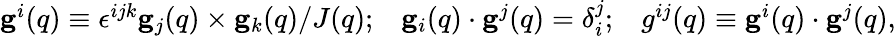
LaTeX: \begin{array}{r}{{\mathbf g}^{i}({q})\equiv\epsilon^{ijk}{\mathbf g}_{j}({q})\times{\mathbf g}_{k}({q})/J({q});\; \; \; {\mathbf g}_{i}({q})\cdot{\mathbf g}^{j}({q})=\delta_{i}^{j};\; \; \; g^{ij}({q})\equiv{\mathbf g}^{i}({q})\cdot{\mathbf g}^{j}({q}),}\end{array}